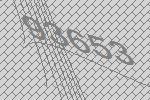
93653